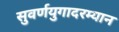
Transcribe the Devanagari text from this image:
सुवर्णयुगादरम्यान